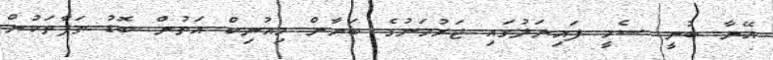
އޭނާ ބުނީ ސެމީ ފައިނަލުގައި ޖަރުމަނުގެ ބަޔާން މިއުނިކް އަތުން ބޮޑު ތަފާތަކުން